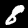
Digit: 8